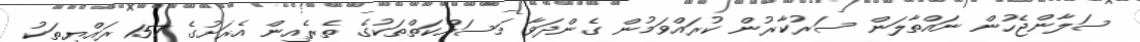
ސަލާންޖެހުން ނައްތާލަން ސަރުކާރުން ކުރައްވަމުން ގެންދަވާ މަސައްކަތްތަކުގެ ތެރެއިން އެރަށުގެ 157 ރައްޔިތަކު